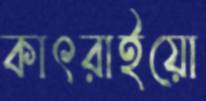
কাৎরাইয়ো